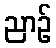
ညာဉ်